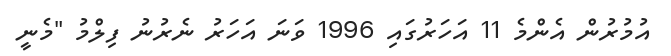
އުމުރުން އެންމެ 11 އަހަރުގައި 1996 ވަނަ އަހަރު ނެރުނު ފިލްމު "މެނީ